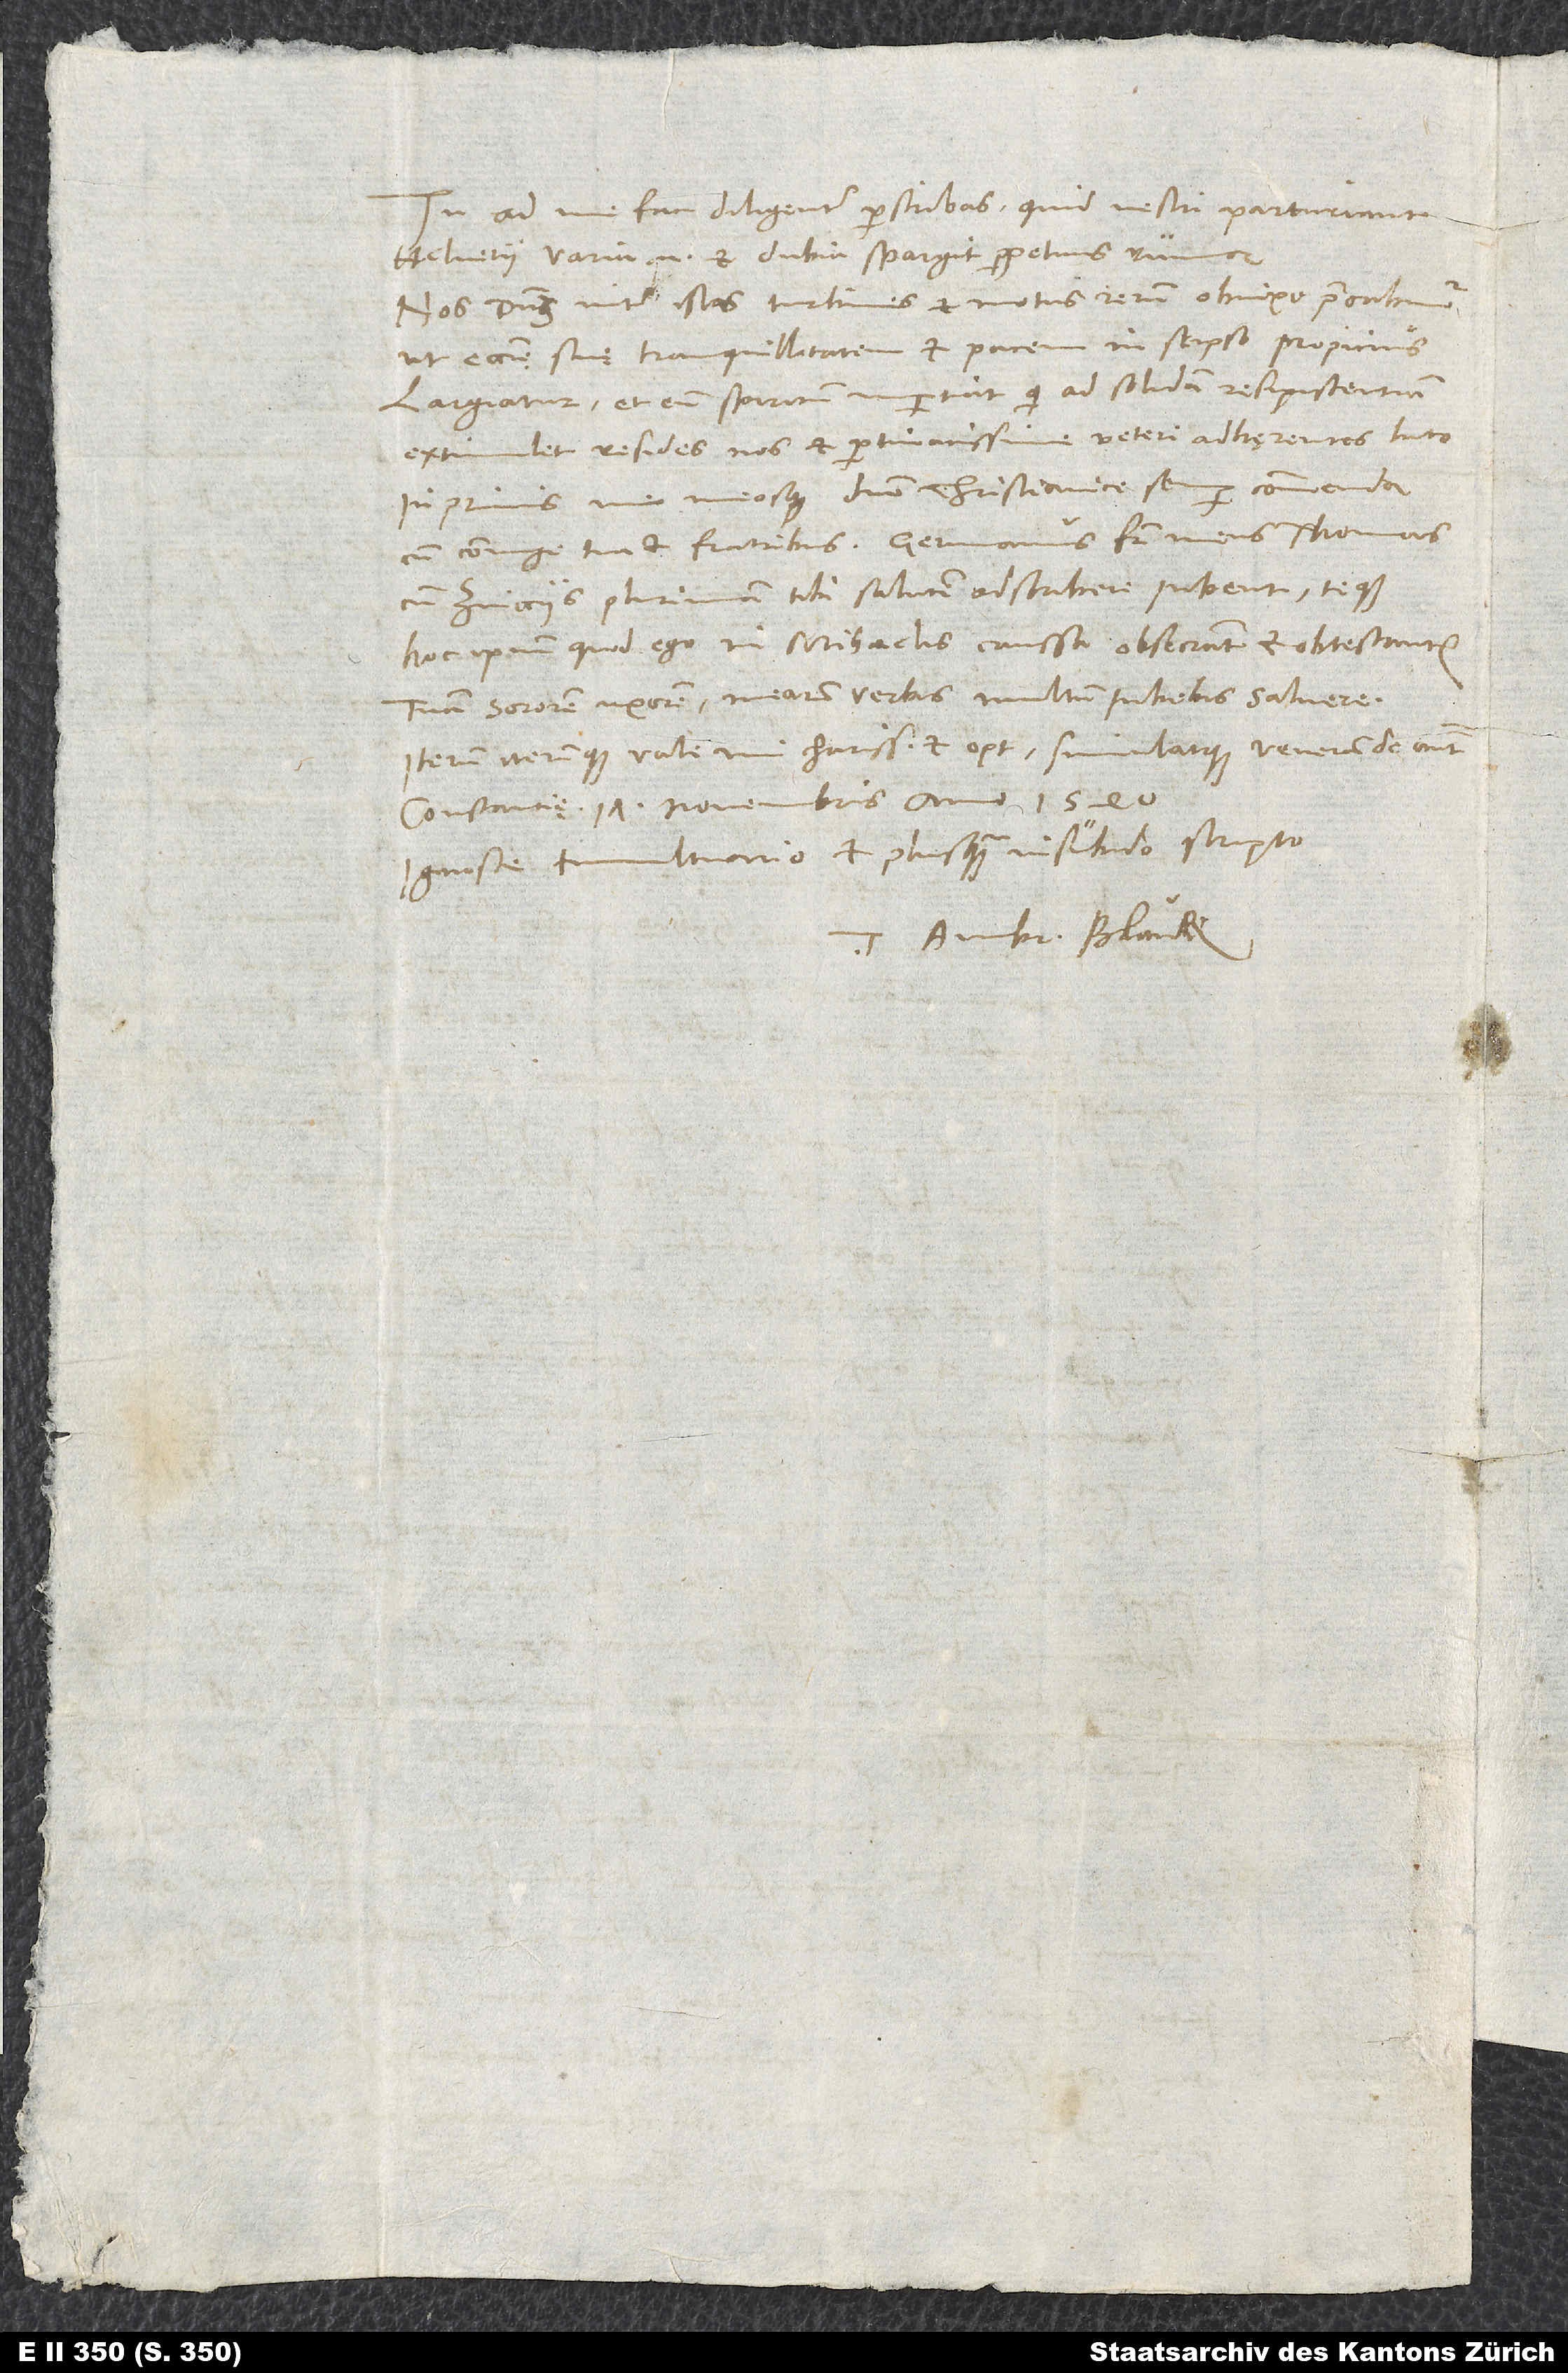
Tu ad me fac diligenter perscribas, quid vestri parturiant
Helvetii; varia enim et dubia spargit perpetuus rumor.
Nos dominum inter istos turbines et motus rerum obnixe precabimur,
ut ecclesię suę tranquillitatem et pacem in seipso propicius
largiatur et eum spiritum impertiat, qui ad solidam resipiscentiam
extimulet resides nos et pertinacissime veteri adhęrentes luto.
Inprimis me meosque domino christianice semper commenda
cum coniuge tua et fratribus. Germanus frater meus Thomas
cum Zvicciis plurimam tibi salutem adscribere iubent teque
hoc ipsum, quod ego, in Mihaelis caussa obsecrant et obtestantur.
Tuam sororem, uxorem mearum verbis multum iubebis salvere.
Iterum iterumque vale, mi charissime et optime simulatque venerande anime.
Constantię, 17. novembris anno 1540.
Ignosce tumultuario et plusquam insubido scripto.
Tuus Ambr. Blaur.